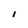
Character: I